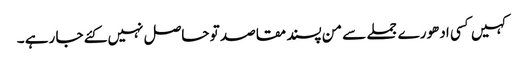
کہیں کسی ادھورے جملے سے من پسند مقاصد تو حاصل نہیں کئے جا رہے ۔